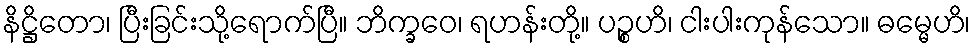
နိဋ္ဌိတော၊ ပြီးခြင်းသို့ရောက်ပြီ။ ဘိက္ခဝေ၊ ရဟန်းတို့။ ပဉ္စဟိ၊ ငါးပါးကုန်သော။ ဓမ္မေဟိ၊